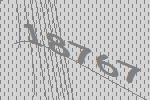
18767